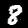
Label: 8